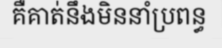
គឺគាត់នឹងមិននាំប្រពន្ធ